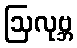
ဩလုဗ္ဘ